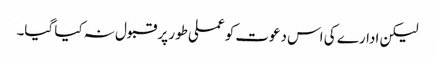
لیکن ادارے کی اس دعوت کو عملی طور پر قبول نہ کیا گیا۔